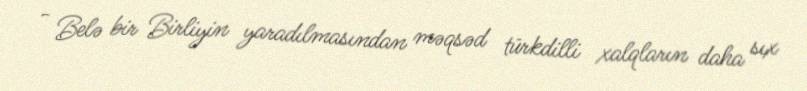
- Belə bir Birliyin yaradılmasından məqsəd türkdilli xalqların daha sıx